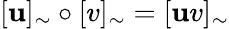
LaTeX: [\mathbf{u}]_{\sim}\circ[v]_{\sim}=[\mathbf{u}v]_{\sim}